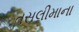
તસલીમાના